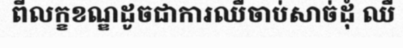
ពីលក្ខខណ្ឌដូចជាការឈឺចាប់សាច់ដុំ ឈឺ